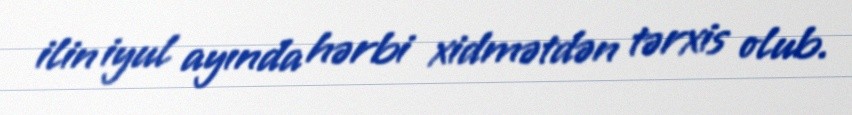
ilin iyul ayında hərbi xidmətdən tərxis olub.